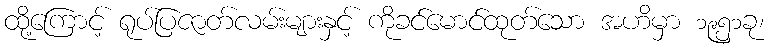
ထို့ကြောင့် ရုပ်ပြဇာတ်လမ်းများနှင့် ကိုခင်မောင်ထုတ်သော အဟိမှာ ၁၉၅၁ခု၊